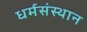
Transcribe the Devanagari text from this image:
धर्मसंस्थान